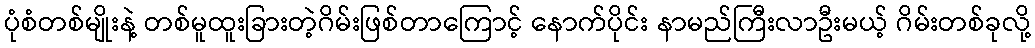
ပုံစံတစ်မျိုးနဲ့ တစ်မူထူးခြားတဲ့ဂိမ်းဖြစ်တာကြောင့် နောက်ပိုင်း နာမည်ကြီးလာဦးမယ့် ဂိမ်းတစ်ခုလို့